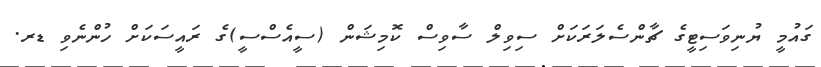
ގައުމީ ޔުނިވަސިޓީގެ ޗާންސެލަރަކަށް ސިވިލް ސާވިސް ކޮމިޝަން (ސީއެސްސީ)ގެ ރައީސަކަށް ހުންނެވި ޑރ.